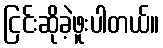
ငြင်းဆိုခဲ့ဖူးပါတယ်။